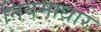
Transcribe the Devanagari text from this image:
नियमाधार